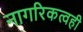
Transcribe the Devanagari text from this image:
नागरिकत्वही